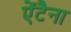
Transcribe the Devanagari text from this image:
ऐंटैना